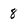
Character: 8